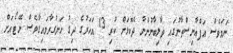
ނަމަވެސް އަފްޣާނިސްތާނުގައި ތާލިބާނުންނާ ދެކޮޅަށް ކުރި 13 އަހަރުގެ ދިގު ހަނގުރާމައިގާވެސް ނޭޓޯއަށް